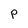
Character: P